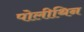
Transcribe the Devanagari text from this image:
पोलीथिन